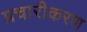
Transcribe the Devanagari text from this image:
प्रचारीकरण